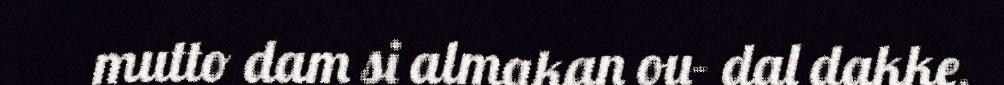
mutto dam si almakan ou- dal dakke,